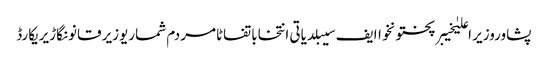
پشاوروزیر اعلیٰخیبرپختونخواایف سیبلدیاتی انتخاباتفاٹامردم شماریوزیر قانونگاڑیریکارڈ